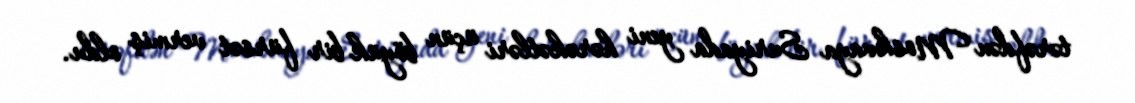
tərəfdən Moskvaya Suriyada yeni hərəkətləri üçün böyük bir fürsət vermiş oldu.